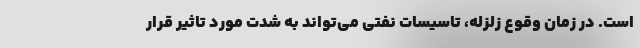
است. در زمان وقوع زلزله، تاسیسات نفتی می‌تواند به شدت مورد تاثیر قرار